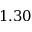
1 . 3 0